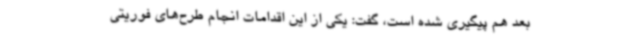
بعد هم پیگیری شده است، گفت: یکی از این اقدامات انجام طرح‌های فوریتی